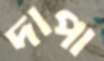
দাপা